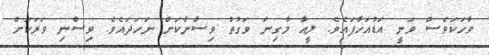
ވާހަކަވެސް ވަނީ އަޑުއަހާފައެވެ. ލީއާ މާގިނަ ވަގުތު ވިސްނާކަށް ނަހަދައެވެ. ވިސްނި ވަރަކަށް